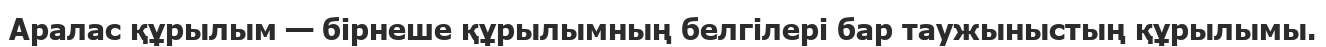
Аралас құрылым — бірнеше құрылымның белгілері бар таужыныстың құрылымы.